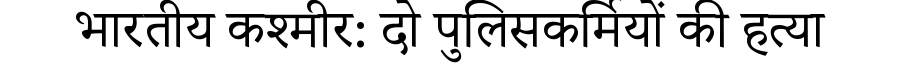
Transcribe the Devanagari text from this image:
भारतीय कश्मीर: दो पुलिसकर्मियों की हत्या